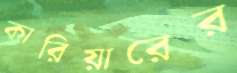
কারিয়ারের